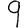
Digit: 9